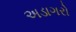
અડાગરો